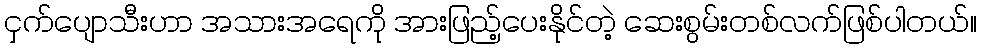
ငှက်ပျောသီးဟာ အသားအရေကို အားဖြည့်ပေးနိုင်တဲ့ ဆေးစွမ်းတစ်လက်ဖြစ်ပါတယ်။